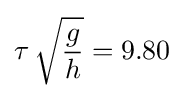
\tau \,{\sqrt {\frac {g}{h}}}=9.80